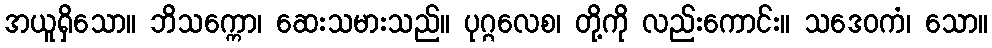
အယူရှိသော။ ဘိသက္ကော၊ ဆေးသမားသည်။ ပုဂ္ဂလေစ၊ တို့ကို လည်းကောင်း။ သဒေဝကံ၊ သော။